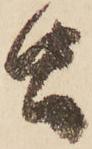
虫